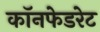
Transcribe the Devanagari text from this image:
कॉनफेडरेट